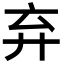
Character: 弃